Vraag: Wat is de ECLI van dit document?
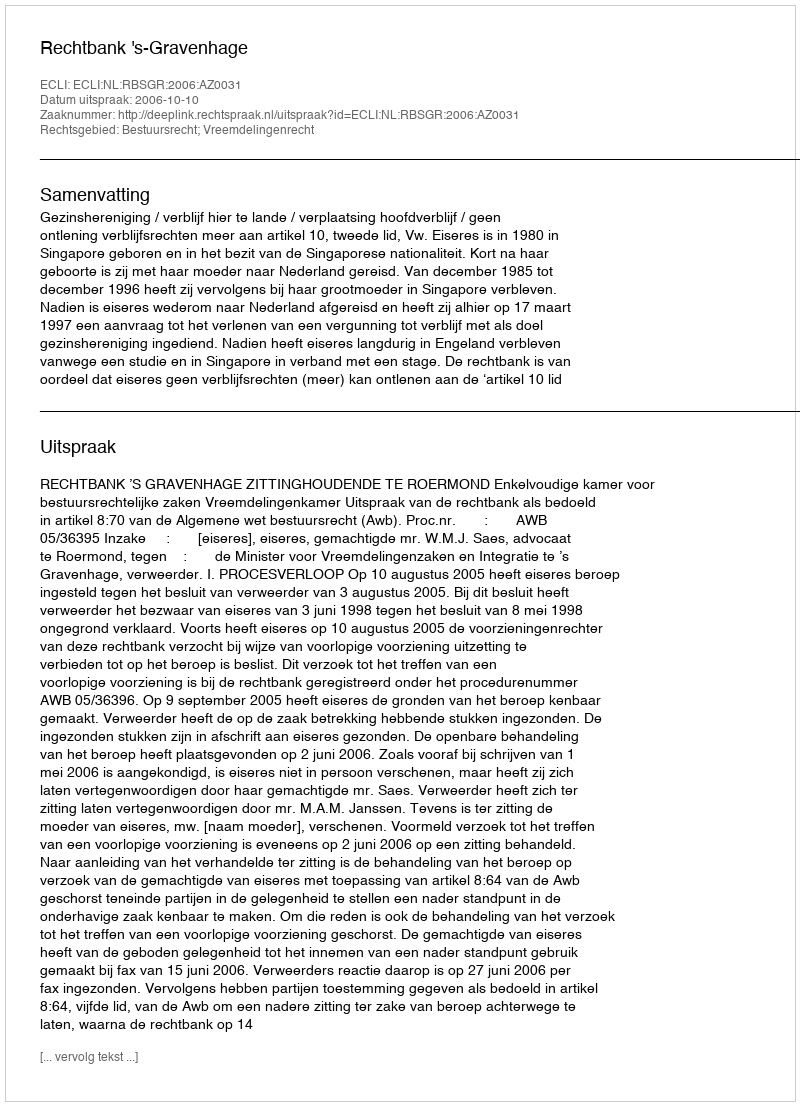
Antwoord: ECLI:NL:RBSGR:2006:AZ0031